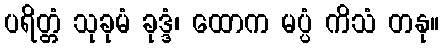
ပရိတ္တံ သုခုမံ ခုဒ္ဒံ၊ ထောက မပ္ပံ ကိသံ တနု။